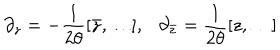
\partial _ { z } = - \frac { 1 } { 2 \theta } [ \bar { z } , \ldots ] , \ \ \ \partial _ { \bar { z } } = \frac { 1 } { 2 \theta } [ z , \ldots ]